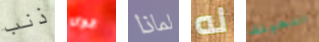
ذنب قوى لماذا له النحيلة